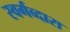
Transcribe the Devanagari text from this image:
स्वर्गव्दारा